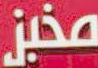
مخبز